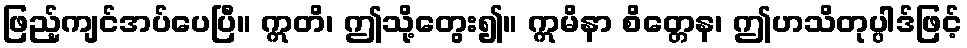
ဖြည့်ကျင်အပ်ပေပြီ။ ဣတိ၊ ဤသို့တွေး၍။ ဣမိနာ စိတ္တေန၊ ဤဟသိတုပ္ပါဒ်ဖြင့်